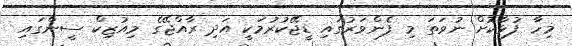
މިހާ ފުޅާކޮށް ނުވަތަ މި ފެންވަރުގައި ޑީޖޭކުރުމަކީ އަދި ރާއްޖޭގެ މިއުޒިކް ސީންގައި